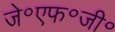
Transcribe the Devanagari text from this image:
जे॰एफ॰जी॰